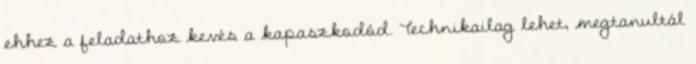
ehhez a feladathoz kevés a kapaszkodód. Technikailag lehet, megtanultál